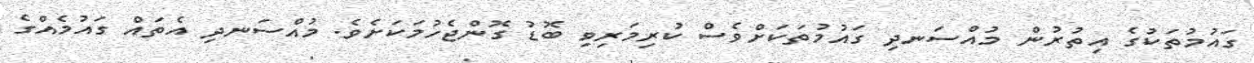
ގައުމުތަކުގެ އިތުރުން މުއްސަނދި ގައުމުތަކަށްވެސް ކުރިމަރިވި ބޮޑު ގޮންޖެހުމަކަށެވެ. މުއްސަނދި އެތައް ގައުމެއްގެ